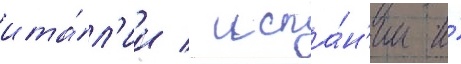
ита́л'ии / испа́н'ии и́